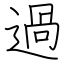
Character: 過